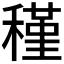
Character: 𥡣